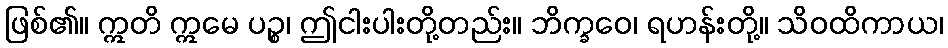
ဖြစ်၏။ ဣတိ ဣမေ ပဉ္စ၊ ဤငါးပါးတို့တည်း။ ဘိက္ခဝေ၊ ရဟန်းတို့။ သိဝထိကာယ၊